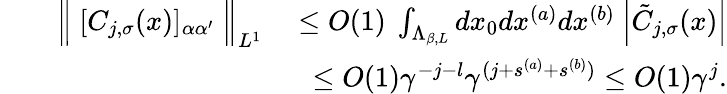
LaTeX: \begin{array}{rlr}&{}&{\Big\Vert\ [C_{j,\sigma}(x)]_{\alpha\alpha^{\prime}}\ \Big\Vert_{L^{1}}\quad\le O(1)\ \int_{\Lambda_{\beta,L}}dx_{0}dx^{(a)}dx^{(b)}\ \Big|\tilde{C}_{j,\sigma}(x)\Big|}\\ &{}&{\quad\le O(1)\gamma^{-j-l}\gamma^{(j+s^{(a)}+s^{(b)})}\le O(1)\gamma^{j}.}\end{array}